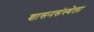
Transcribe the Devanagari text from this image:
शासनसंस्थेला